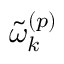
\widetilde { \omega } _ { k } ^ { \left( p \right) }